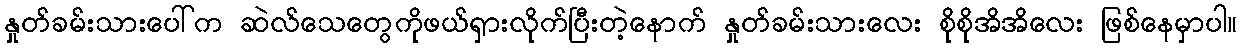
နှုတ်ခမ်းသားပေါ်က ဆဲလ်သေတွေကိုဖယ်ရှားလိုက်ပြီးတဲ့နောက် နှုတ်ခမ်းသားလေး စိုစိုအိအိလေး ဖြစ်နေမှာပါ။